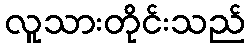
လူသားတိုင်းသည်